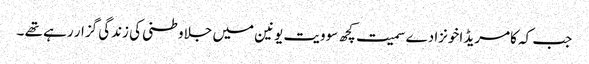
جب کہ کامریڈ اخونزادے سمیت کچھ سوویت یونین میں جلاوطنی کی زندگی گزار رہے تھے ۔